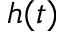
h ( t )